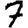
Digit: 7